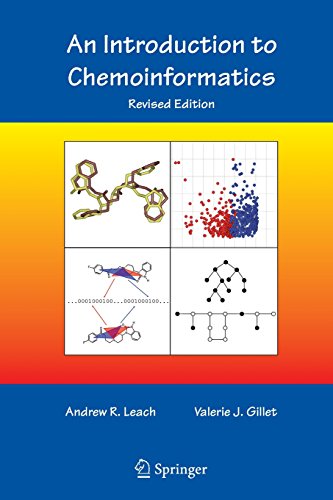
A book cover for An Introduction to Chemoinformatics; Andrew R. Leach; Science & Math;